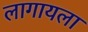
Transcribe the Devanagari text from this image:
लागायला